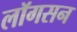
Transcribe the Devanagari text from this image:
लॉगसन